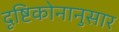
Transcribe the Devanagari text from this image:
दृष्टिकोनानुसार